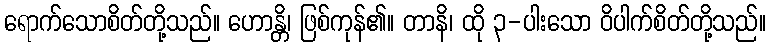
ရောက်သောစိတ်တို့သည်။ ဟောန္တိ၊ ဖြစ်ကုန်၏။ တာနိ၊ ထို ၃-ပါးသော ဝိပါက်စိတ်တို့သည်။